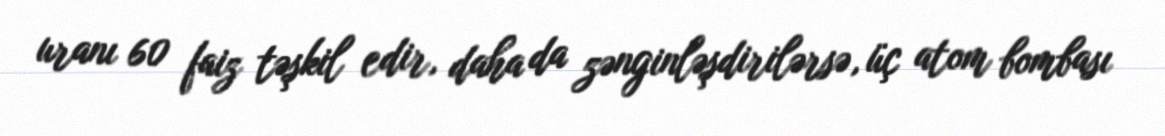
uranı 60 faiz təşkil edir, daha da zənginləşdirilərsə, üç atom bombası